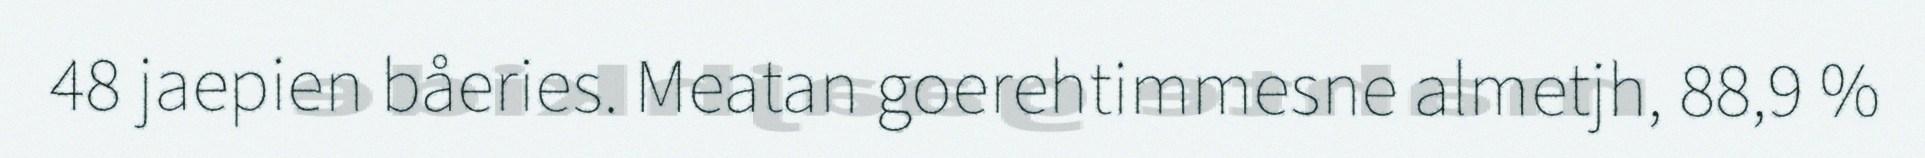
48 jaepien båeries. Meatan goerehtimmesne almetjh, 88,9 %